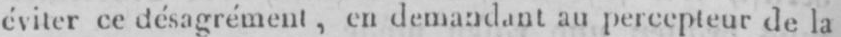
éviter ce désagrément, en demandant au percepteur de la